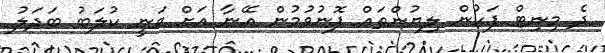
ދެ މިނިޓް ފަހުން ލިޔުންތައް ފޮނުވުމުން އޭނާ އަށް ވަނީ ކުލަބު ބަދަލު